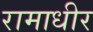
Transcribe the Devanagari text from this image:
रामाधीर